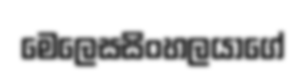
මෙලෙසසිංහලයාගේ